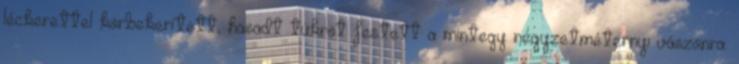
léckerettel körbekerített, hasadt tükröt festett a mintegy négyzetméternyi vászonra.